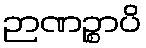
ဉာဏဉ္စာပိ